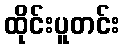
ထိုင်းပူတင်း